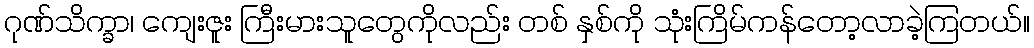
ဂုဏ်သိက္ခာ၊ ကျေးဇူး ကြီးမားသူတွေကိုလည်း တစ် နှစ်ကို သုံးကြိမ်ကန်တော့လာခဲ့ကြတယ်။